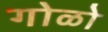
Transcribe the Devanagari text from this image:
गोळो